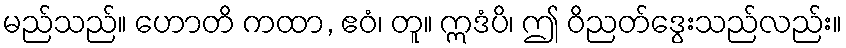
မည်သည်။ ဟောတိ ကထာ, ဧဝံ၊ တူ။ ဣဒံပိ၊ ဤ ဝိညတ်ဒွေးသည်လည်း။